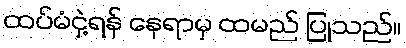
ထပ်မံငှဲ့ရန် နေရာမှ ထမည် ပြုသည်။